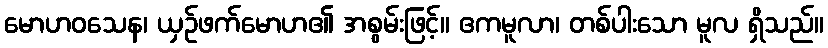
မောဟဝသေန၊ ယှဉ်ဖက်မောဟ၏ အစွမ်းဖြင့်။ ဧကမူလာ၊ တစ်ပါးသော မူလ ရှိသည်။